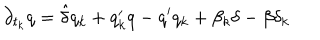
\partial _ { t _ { k } } q = \hat { \delta } q _ { k } + q _ { k } ^ { \prime } q - q ^ { \prime } q _ { k } + \beta _ { k } \delta - \beta \delta _ { k }